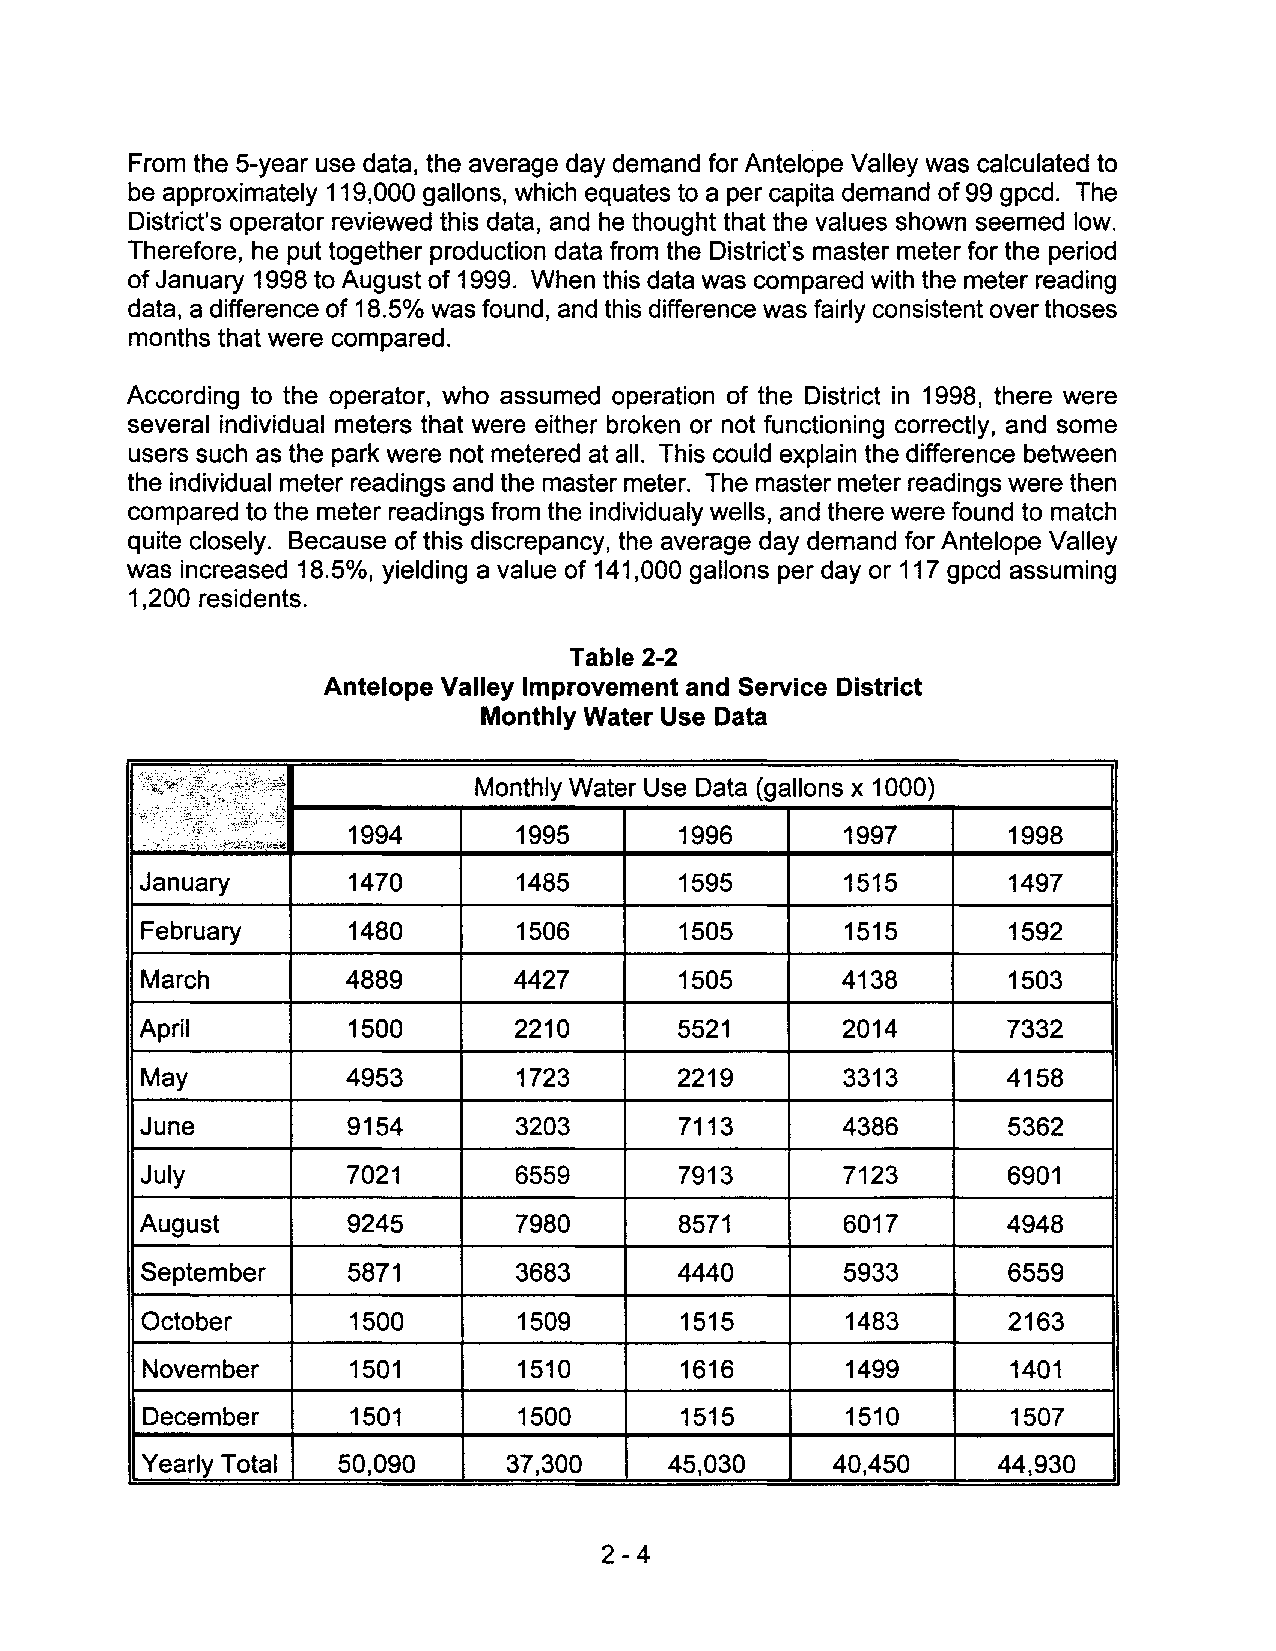
From the 5-year use data, the average day demand for Antelope Valley was calculated to
 be approximately 119,000 gallons, which equates to a per capita demand of 99 gpcd. The
 District's operator reviewed this data, and he thought that the values shown seemed low.
 Therefore, he put together production data from the District's master meter for the period
 of January 1998 to August of 1999. When this data was compared with the meter reading
 data, a difference of 18.50/0 was found, and this difference was fairly consistent over thoses
 months that were compared.
 According to the operator, who assumed operation of the District in 1998, there were
 several individual meters that were either broken or not functioning correctly, and some
 users such as the park were not metered at all. This could explain the difference between
 the individual meter readings and the master meter. The master meter readings were then
 compared to the meter readings from the individualy wells, and there were found to match
 quite closely. Because of this discrepancy, the average day demand for Antelope Valley
 was increased 18.5%, yielding a value of 141,000 gallons per day or 117 gpcd assuming
 1,200 residents.
 Table 2-2
 Antelope Valley Improvement and Service District
 Monthly Water Use Data
 '(! 'f .\~ I; It/ ,I ci .~ ": ,;: ;: ;: ;," i ..' · .. " ,;,':, Monthly Water Use Data (gallons x 1000)
 .
 ':
 1994       1995       1996       1997       1998
 ,,'.",.,.";\'" '."
 January       1470       1485       1595       1515       1497
 February      1480       1506       1505       1515       1592
 March         4889       4427       1505       4138       1503
 April         1500       2210       5521       2014       7332
 May           4953       1723       2219       3313       4158
 June          9154       3203       7113       4386       5362
 July          7021       6559       7913       7123       6901
 August        9245       7980       8571       6017       4948
 September     5871       3683       4440       5933       6559
 October       1500       1509       1515       1483       2163
 November     1501       1510       1616       1499       1401
 December     1501       1500       1515       1510       1507
 Yearly Total  50,090     37,300    45,030     40,450     44,930
 2-4